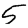
Digit: 5